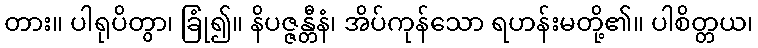
တား။ ပါရုပိတွာ၊ ခြုံ၍။ နိပဇ္ဇန္တီနံ၊ အိပ်ကုန်သော ရဟန်းမတို့၏။ ပါစိတ္တယ၊